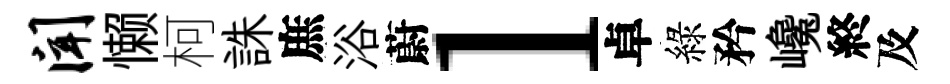
闻懒柯誅庶浴蔚l卓綠矜巉終及